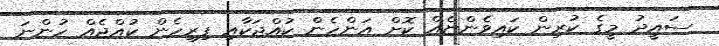
ސައީދު މީގެ ކުރިން ކައިވެންޏެއް ކޮށް އަންހެން ކުއްޖަކާއި ފިރިހެން ކުއްޖެއް ހުންނަ